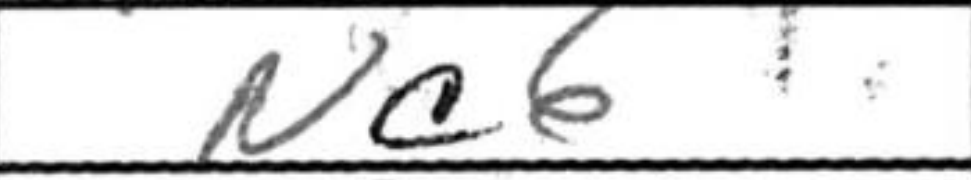
Transcription: Nc6